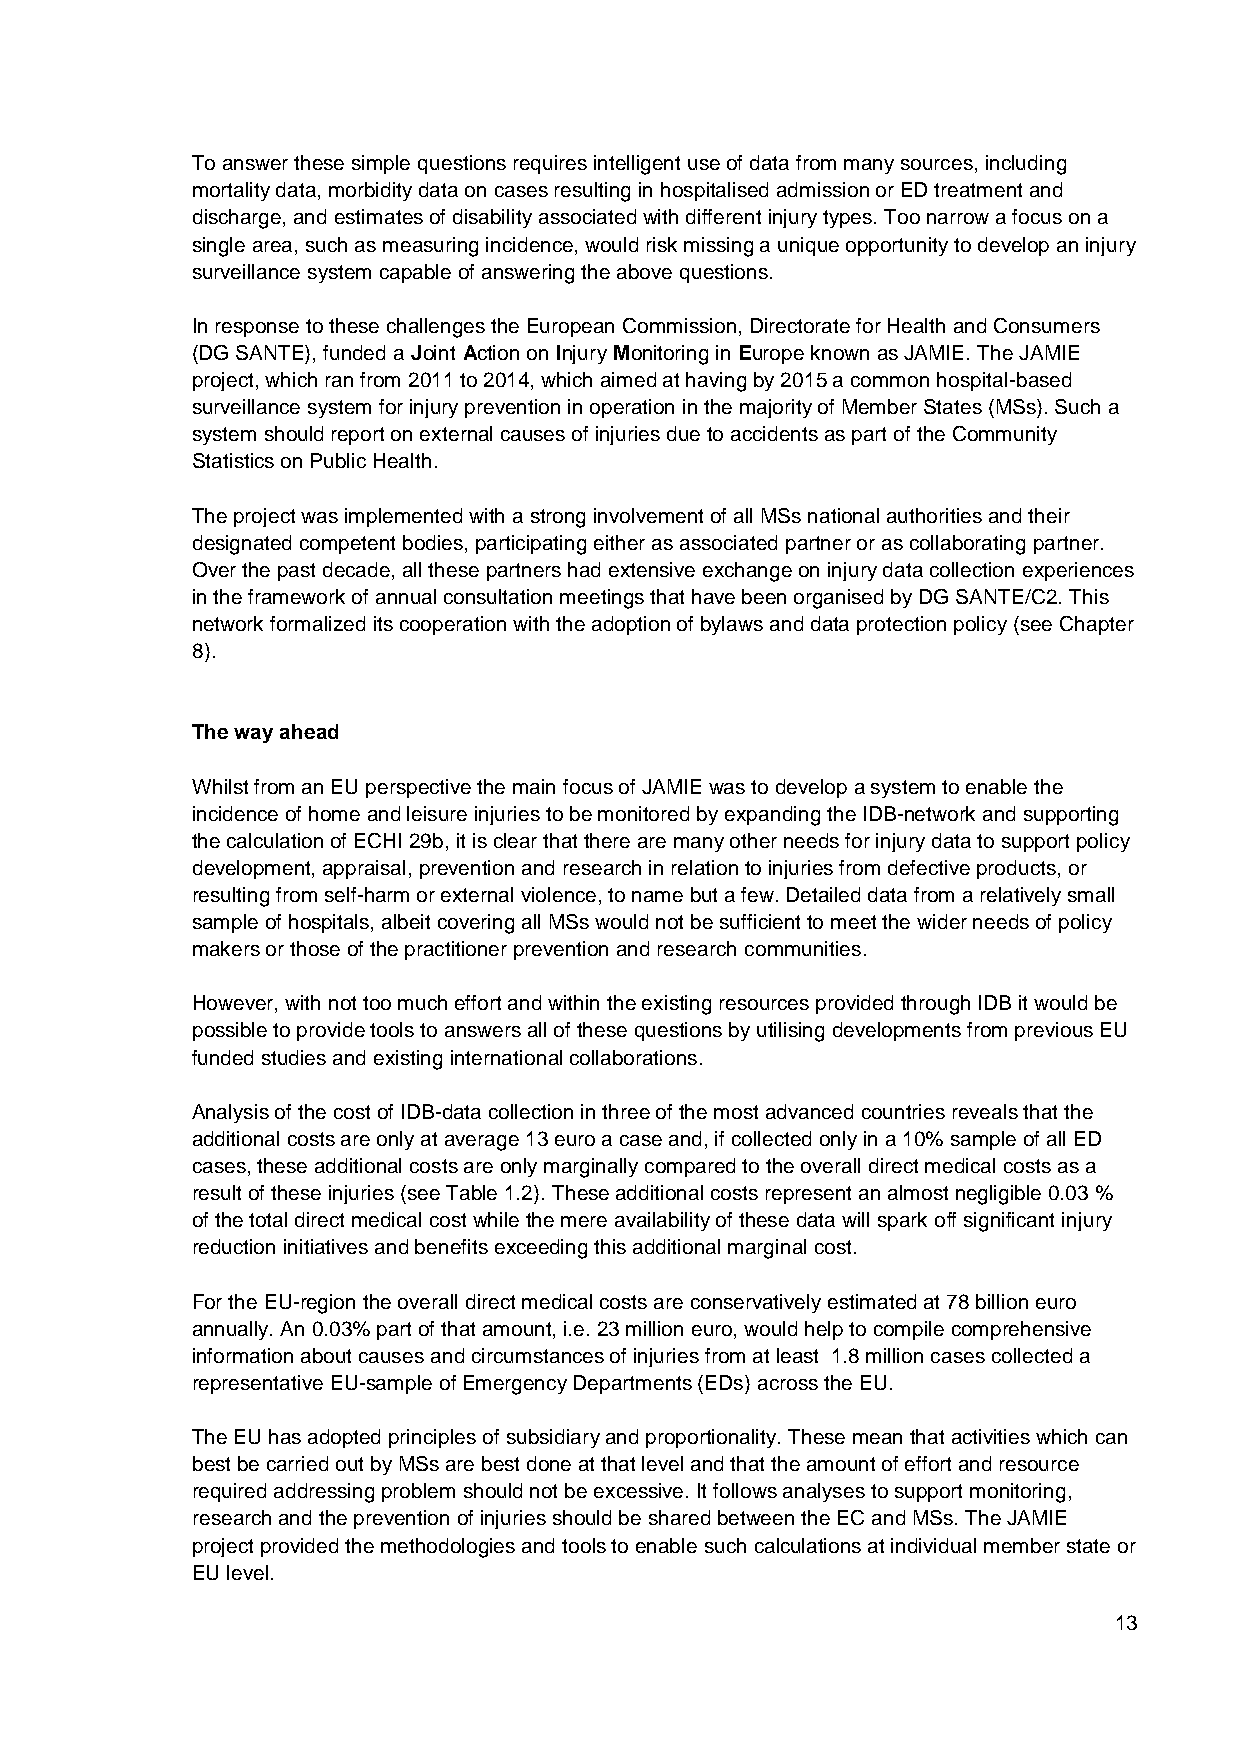
To answer these simple questions requires intelligent use of data from many sources, including
 mortality data, morbidity data on cases resulting in hospitalised admission or ED treatment and
 discharge, and estimates of disability associated with different injury types. Too narrow a focus on a
 single area, such as measuring incidence, would risk missing a unique opportunity to develop an injury
 surveillance system capable of answering the above questions.
 In response to these challenges the European Commission, Directorate for Health and Consumers
 (DG SANTE), funded a Joint Action on Injury Monitoring in Europe known as JAMIE. The JAMIE
 project, which ran from 2011 to 2014, which aimed at having by 2015 a common hospital-based
 surveillance system for injury prevention in operation in the majority of Member States (MSs). Such a
 system should report on external causes of injuries due to accidents as part of the Community
 Statistics on Public Health.
 The project was implemented with a strong involvement of all MSs national authorities and their
 designated competent bodies, participating either as associated partner or as collaborating partner.
 Over the past decade, all these partners had extensive exchange on injury data collection experiences
 in the framework of annual consultation meetings that have been organised by DG SANTE/C2. This
 network formalized its cooperation with the adoption of bylaws and data protection policy (see Chapter
 8).
 The way ahead
 Whilst from an EU perspective the main focus of JAMIE was to develop a system to enable the
 incidence of home and leisure injuries to be monitored by expanding the IDB-network and supporting
 the calculation of ECHI 29b, it is clear that there are many other needs for injury data to support policy
 development, appraisal, prevention and research in relation to injuries from defective products, or
 resulting from self-harm or external violence, to name but a few. Detailed data from a relatively small
 sample of hospitals, albeit covering all MSs would not be sufficient to meet the wider needs of policy
 makers or those of the practitioner prevention and research communities.
 However, with not too much effort and within the existing resources provided through IDB it would be
 possible to provide tools to answers all of these questions by utilising developments from previous EU
 funded studies and existing international collaborations.
 Analysis of the cost of IDB-data collection in three of the most advanced countries reveals that the
 additional costs are only at average 13 euro a case and, if collected only in a 10% sample of all ED
 cases, these additional costs are only marginally compared to the overall direct medical costs as a
 result of these injuries (see Table 1.2). These additional costs represent an almost negligible 0.03 %
 of the total direct medical cost while the mere availability of these data will spark off significant injury
 reduction initiatives and benefits exceeding this additional marginal cost.
 For the EU-region the overall direct medical costs are conservatively estimated at 78 billion euro
 annually. An 0.03% part of that amount, i.e. 23 million euro, would help to compile comprehensive
 information about causes and circumstances of injuries from at least 1.8 million cases collected a
 representative EU-sample of Emergency Departments (EDs) across the EU.
 The EU has adopted principles of subsidiary and proportionality. These mean that activities which can
 best be carried out by MSs are best done at that level and that the amount of effort and resource
 required addressing problem should not be excessive. It follows analyses to support monitoring,
 research and the prevention of injuries should be shared between the EC and MSs. The JAMIE
 project provided the methodologies and tools to enable such calculations at individual member state or
 EU level.
 13